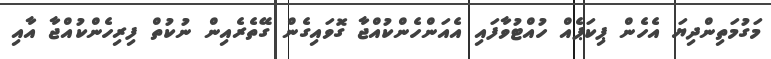
މަގުމަތިންދިޔަ އެހެން ޕިކަޕެއް ހުއްޓުވާފައި އެއަންހެންކުއްޖާ ގޮވައިގެން ގޭތެރެއިން ނުކުތް ފިރިހެންކުއްޖާ އާއި